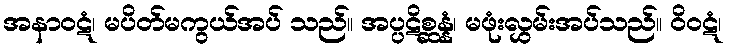
အနာဝဋံ၊ မပိတ်မကွယ်အပ် သည်။ အပ္ပဋိစ္ဆန္နံ၊ မဖုံးလွှမ်းအပ်သည်။ ဝိဝဋံ၊